Bréfritari: Sigurður Jónsson
Viðtakandi: Jón Borgfirðings Jónsson
Dagsetning: A-1858-04-01
Skrifað á: Möðrudal  N-Múl.

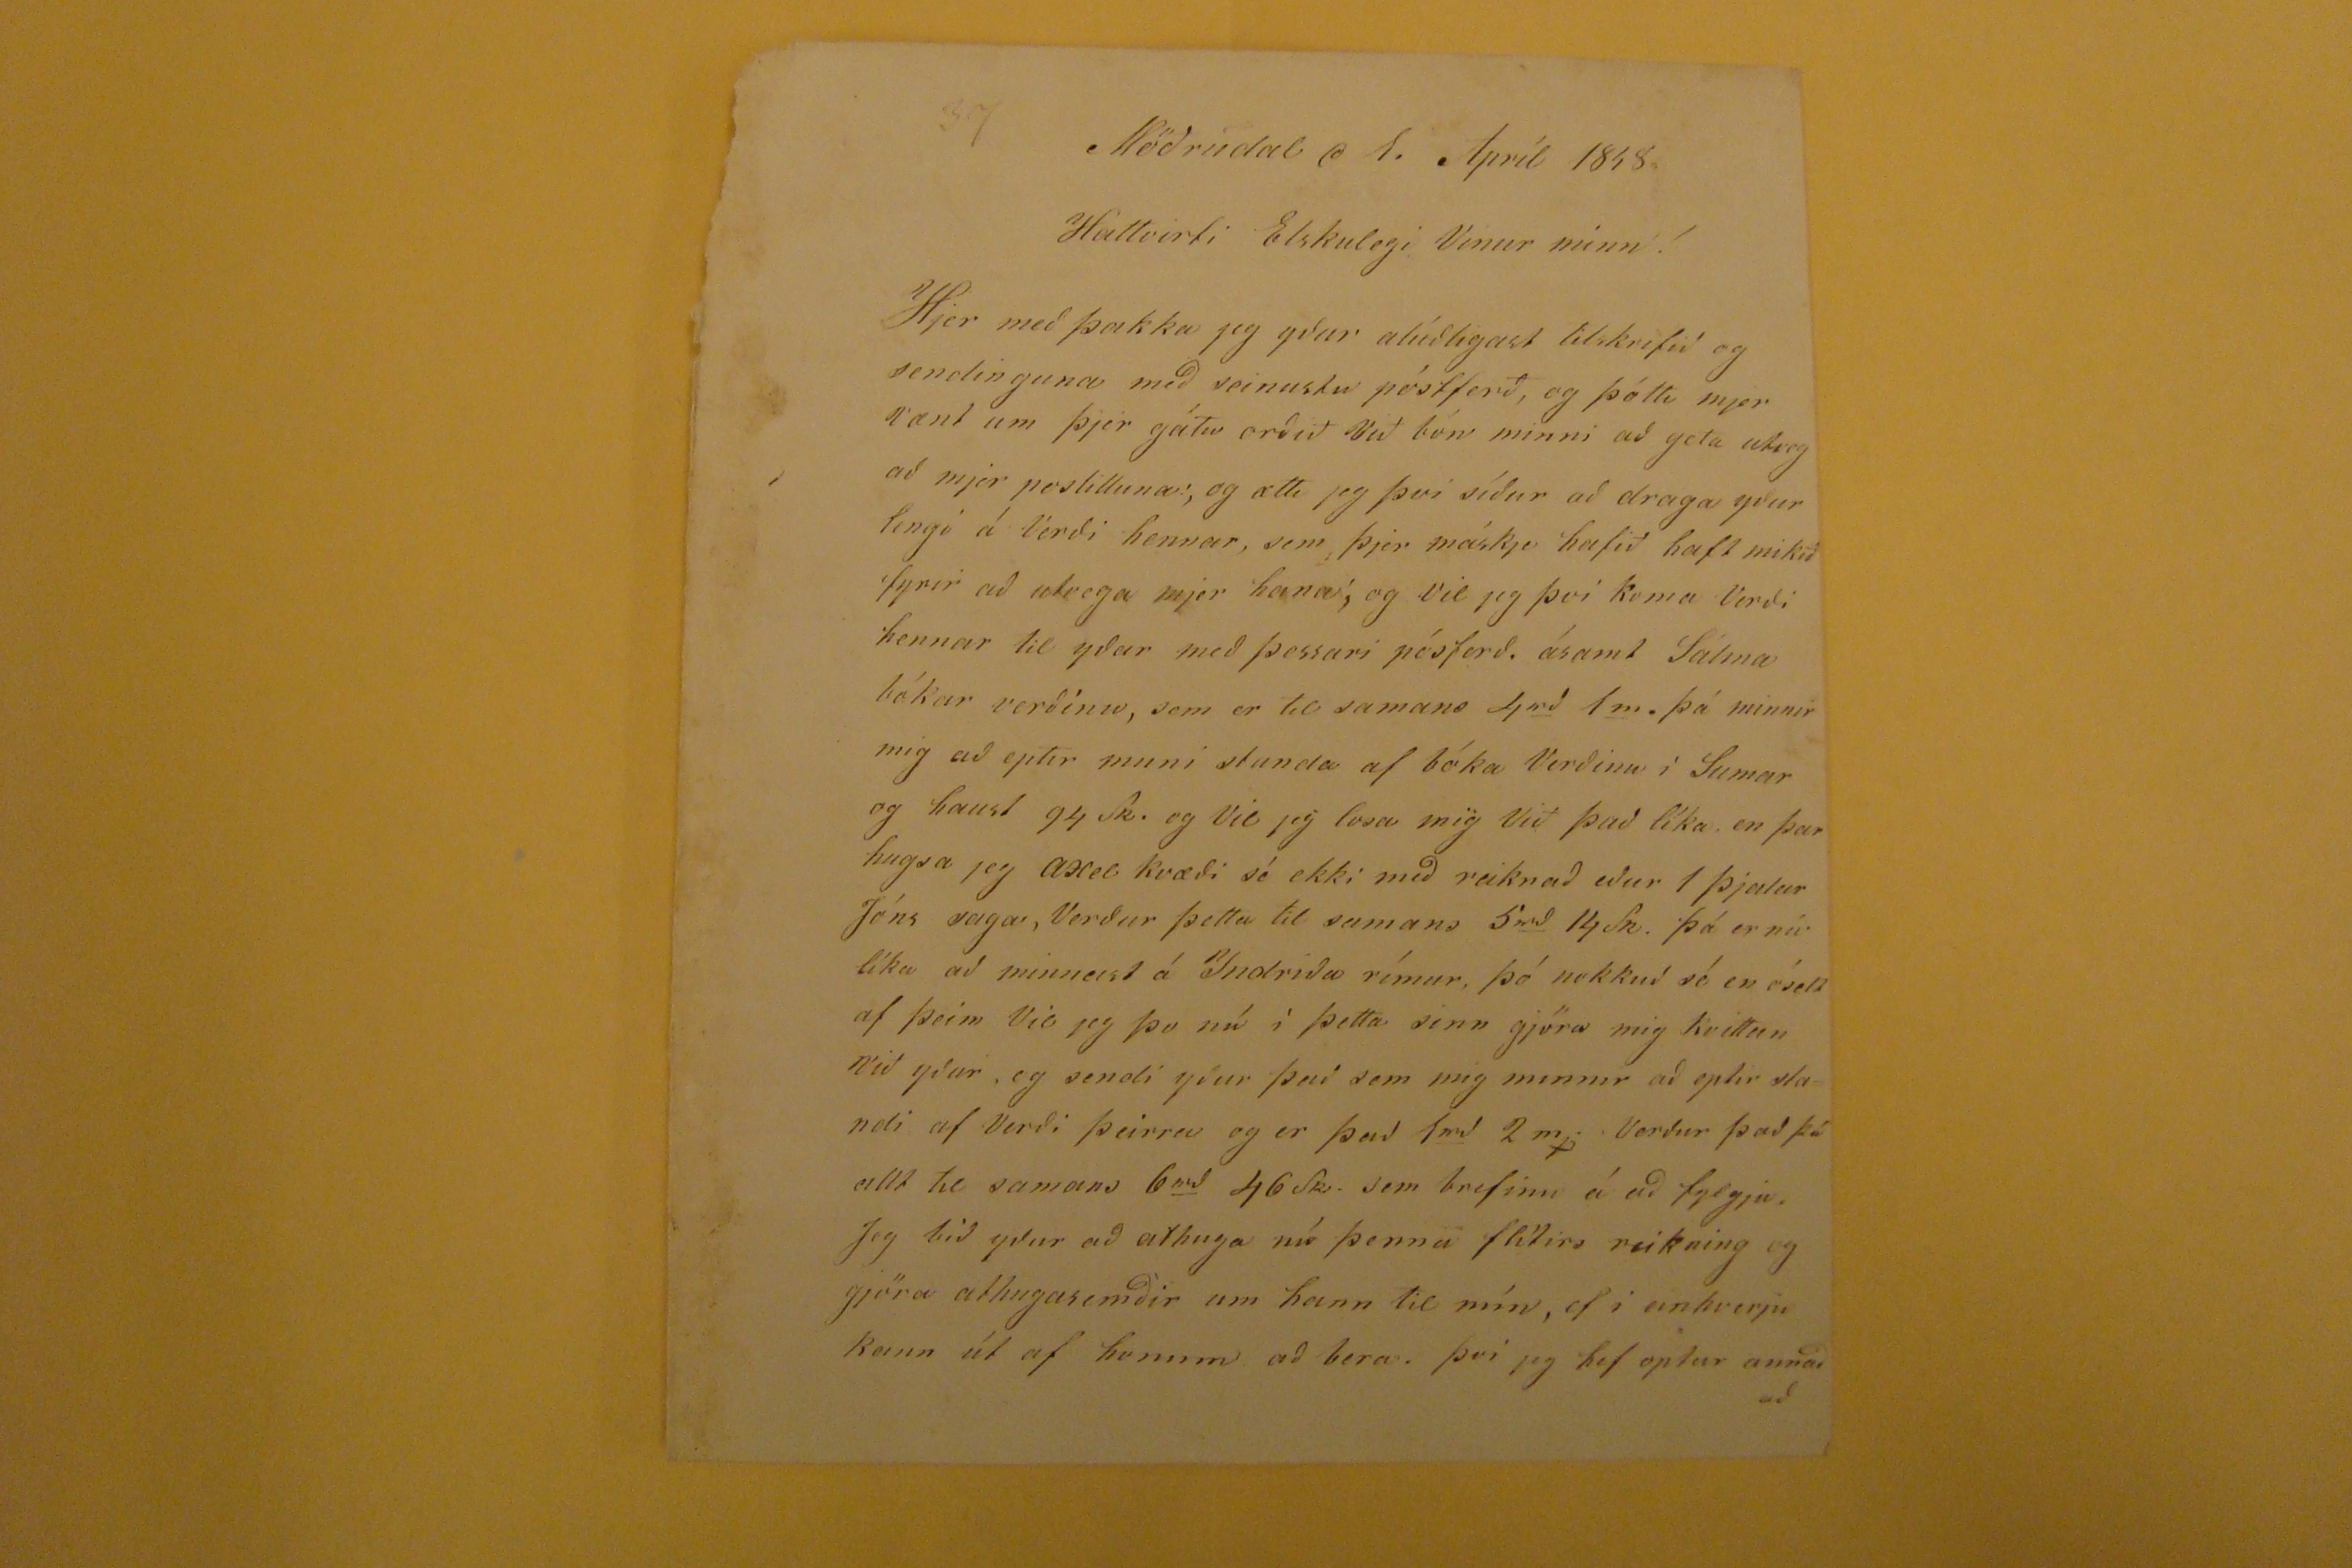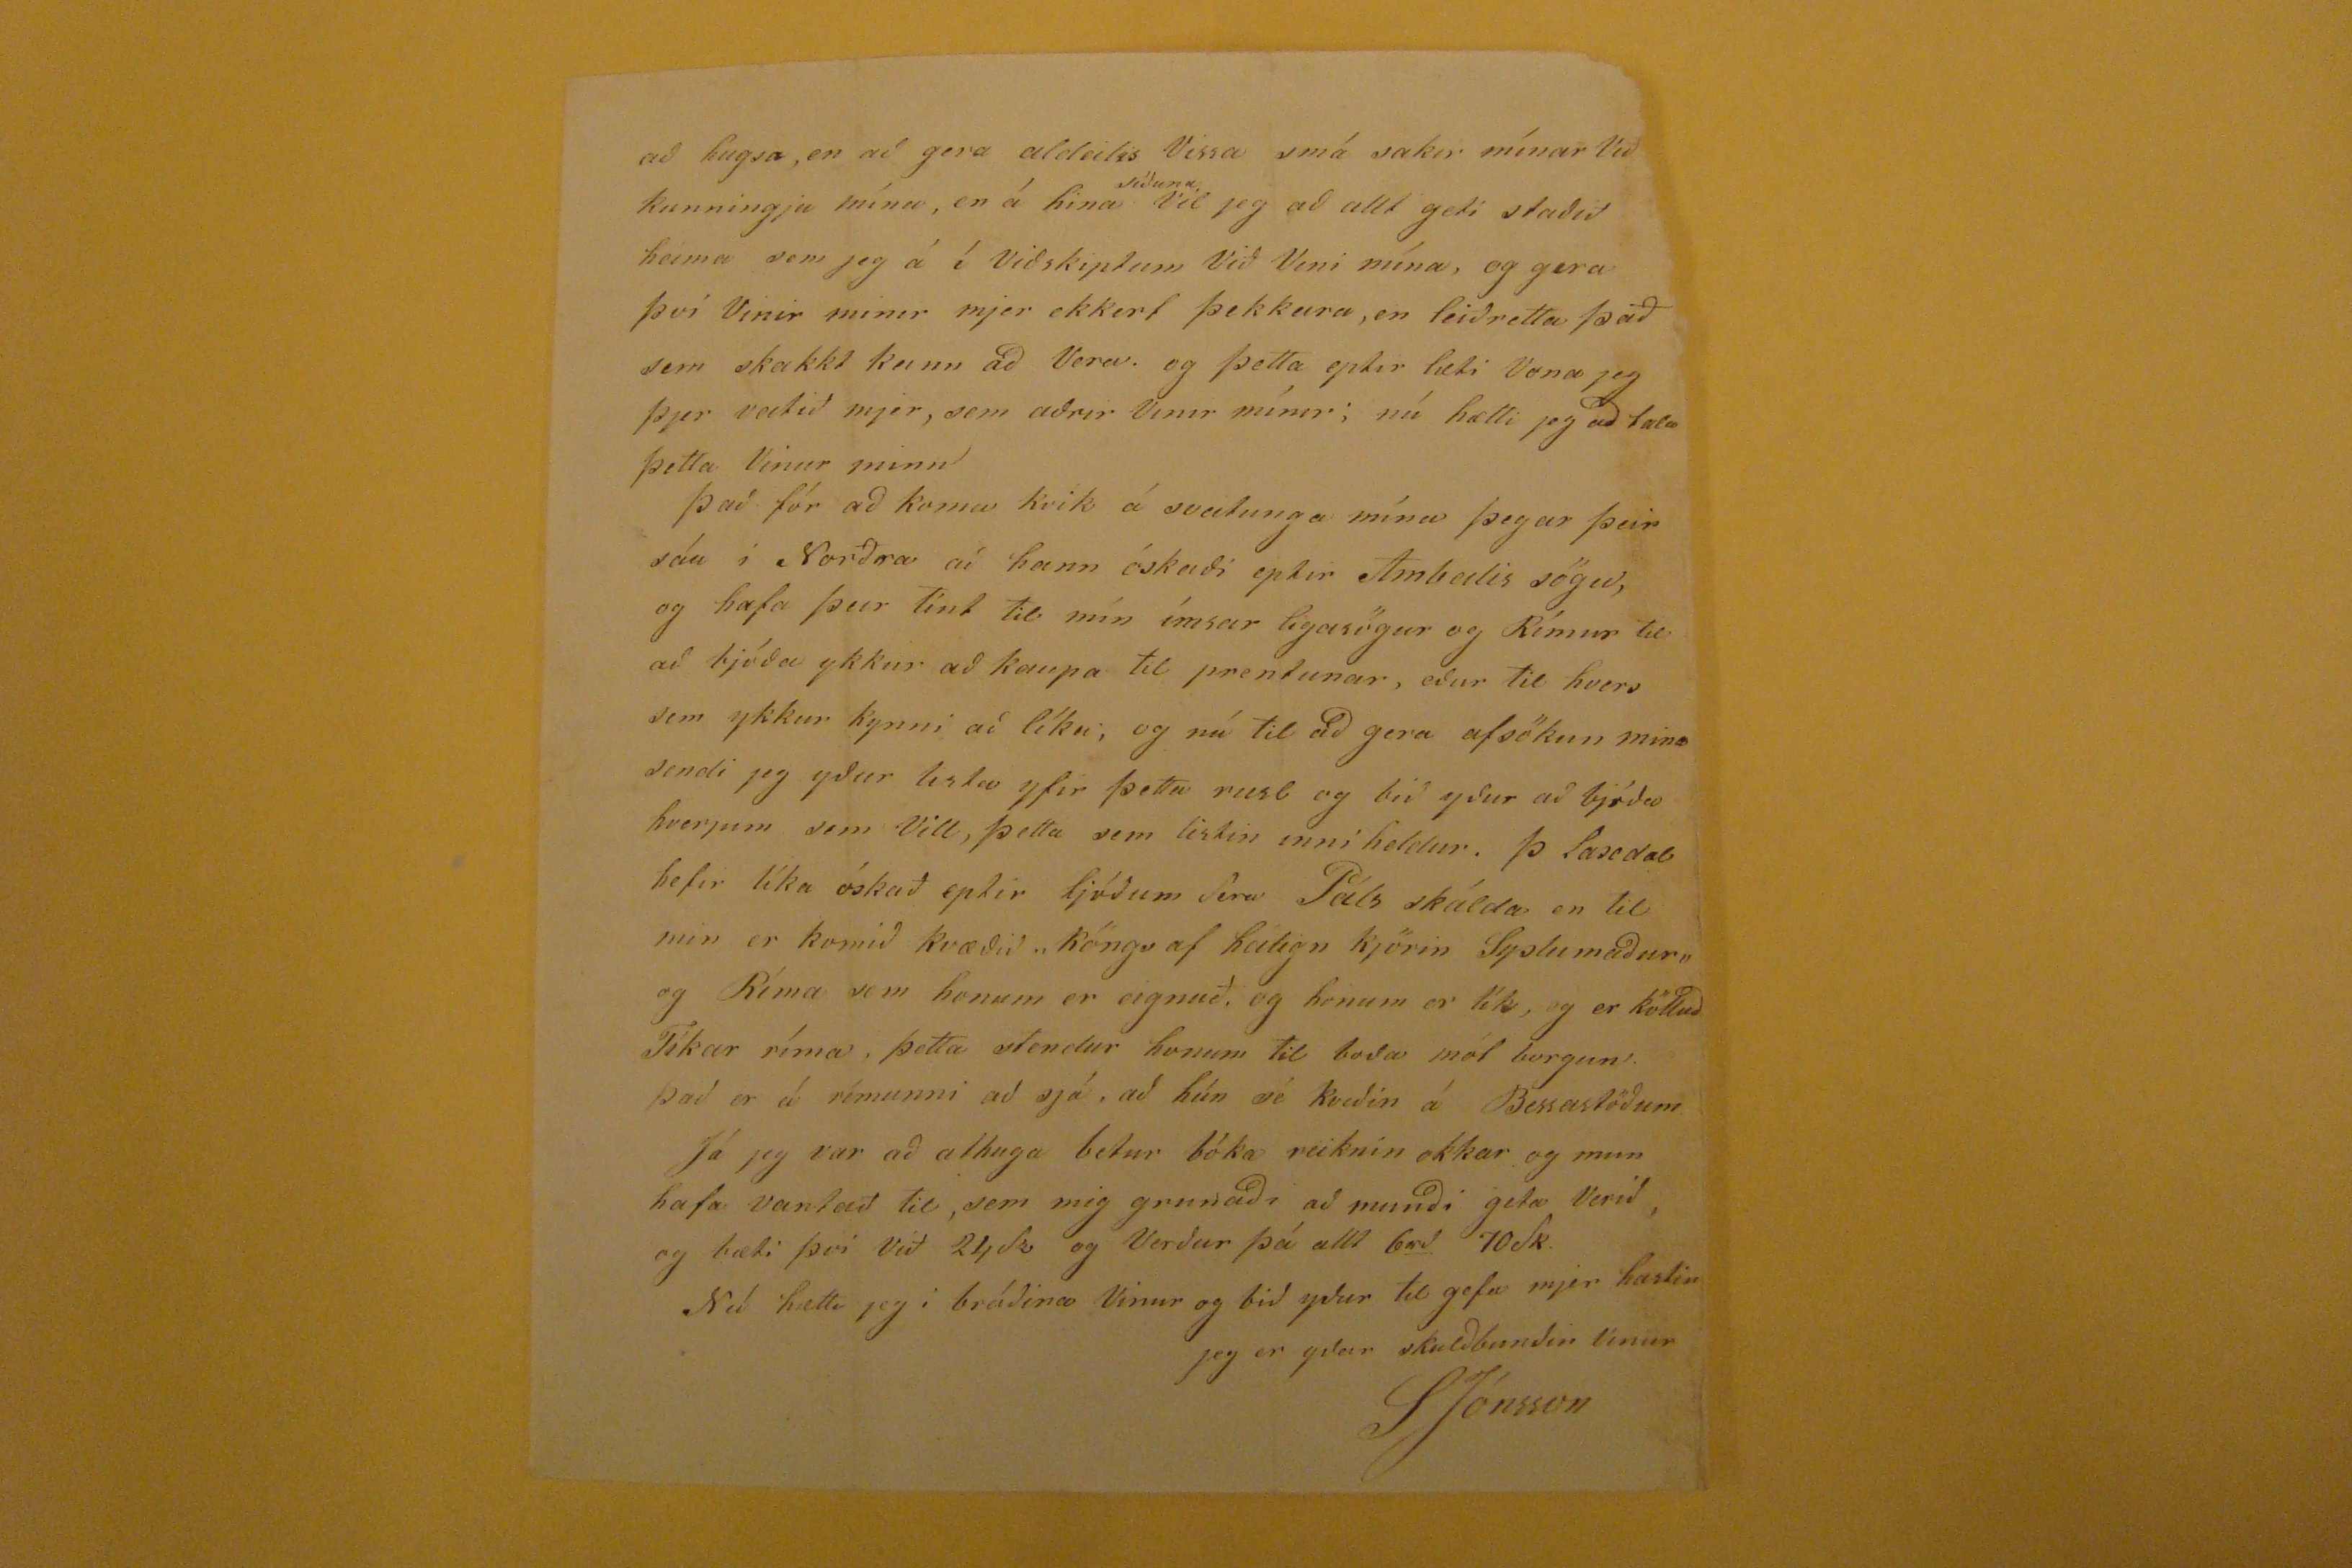

Möðrudal d 1. Apríl 1858
Hattvirti Elskulegi Vinur minn!
Hjer með þakka jeg yður alúðlegast tilskrifið og sendinguna með seinustu póstferð, og þótti mjer vænt um þjer gátu orðið Við bón minni að geta utveg að mjer postilluna; og ætti jeg þvi síður að draga yður lengi á Verði hennar, sem þjer máskje hafið haft mikið fyrir að utvega mjer hana; og vil jeg því koma Verði hennar til yðar með þessari póstferð. ásamt Sálma bókar verðinu, sem er til samans 4
rd
1
m
. þá minnir mig að eptir muni stunda af bóka Verðinu í Sumar og haust 94 sk. og Vil jeg losa mig Við það líka. en þar hugsa jeg Axel kvæði sé ekki með reiknað eður 1 Þjalar Jóns saga, Verður þetta til sumans 5
rd
14Sk. þá er nú líka að minnast á Indriða rímur, þó nokkuð sé en óselt af þeim Vil jeg þo nú í þetta sinn jgöra mig kvittan við yður, og sendi yður það sem mig minnir að eptir standi af Verði þeirra og er það 1
rd
2m
j.
Verður það þá allt til samans 6
rd
46sk. sem brefinu á að fyljga. Jeg bið yður að athuga nú þenna flítirs reikning og gjöra athugasemðir um hann til mín, ef i einhverju kann út af honum að bera. því jeg hef optar annað að
að hugsa, en að gera aldeilis Vissa smá sakir mínar Við kunningja mína, en á hina
síðuna
Vil jeg að allt geti staðið heima sem jeg á í viðskiptum Við Veini mína, og gera því Vinir minir mjer ekkert þekkara, en leiðretta það sem skakkt kann að Vera. og þetta eptir læti Vona jeg þjer veitið mjer, sem aðrir Vinir mínir; nú hætti jeg að tala þetta Vinur minn Það fór að koma kvik á sveitunga mína þegar þeir sáu í Norðra að hann óskaði eptir Ambeilis sögu, og hafa þeir tínt til mín ímsar ligasögur og Rímur til að bjóða ykkur að kaupa til prentunar, eður til hvers sem ykkur kynni að líka; og nú til að gera afsökun mína sendi jeg yður lista yfir þetta rusl og bið yður að bjóða hverjum sem vill, þetta sem listin inni heldur. Þ laxdal hefir líka óskað eptir ljóðum Sera Páls skálda en til min er komið kvæðið "kóngs af hátign kjörin Syslumaður" og Ríma sem honum er eignuð, og honum er lík, og er kölluð Tíkar ríma, þetta stendur honum til boða m´la borgum. Það er á rímunni að sjá, að hún sé kveðin á Bessastöðum Já jeg var að athuga betur bóka reiknin okkar og mun hafa vantað til, sem mig grunaði að munði geta verið og bæti því Við 24sk og Verður þá allt 6
rd
70 sk. Nú hætti jeg i bráðina Vinur og bið yður til gefa mjer hastin jeg er yðar skulðbundin Vinur
SJónsson